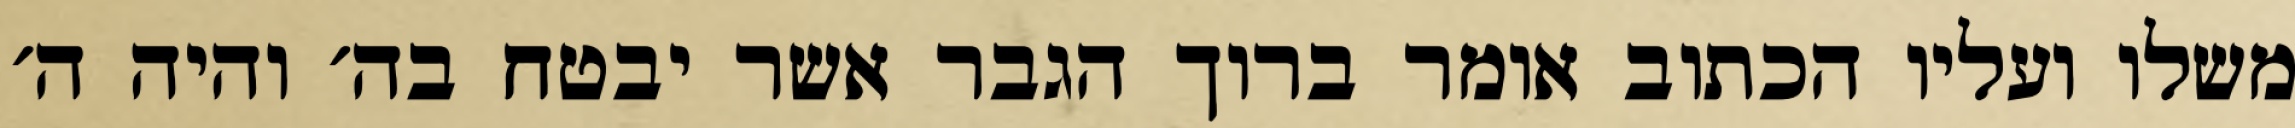
משלו ועליו הכתוב אומר ברוך הגבר אשר יבטח בה׳ והיה ה׳